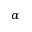
\alpha